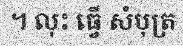
។ លុះ ធ្វើ សំបុត្រ